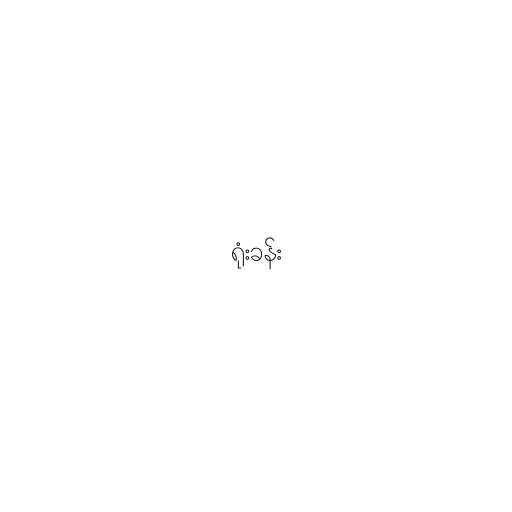
ရုံးခန်း